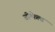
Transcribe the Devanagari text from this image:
जीग्फेल्ड